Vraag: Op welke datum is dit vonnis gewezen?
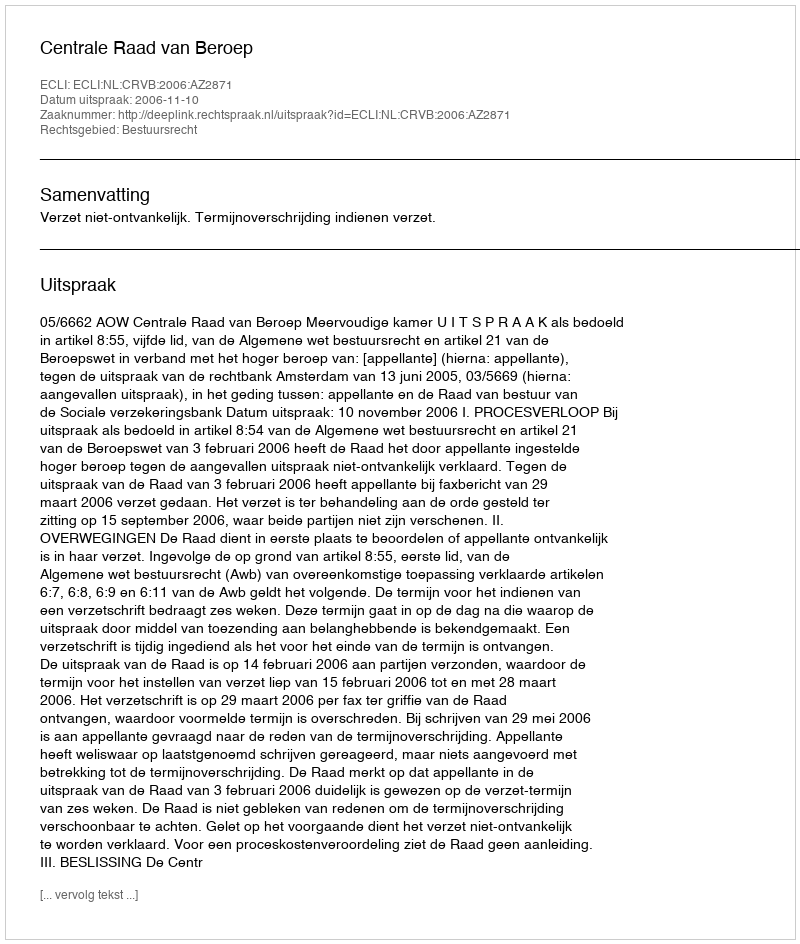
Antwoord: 2006-11-10